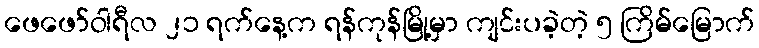
ဖေဖော်ဝါရီလ ၂၁ ရက်နေ့က ရန်ကုန်မြို့မှာ ကျင်းပခဲ့တဲ့ ၅ ကြိမ်မြောက်